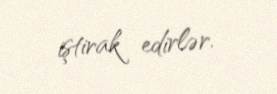
iştirak edirlər.